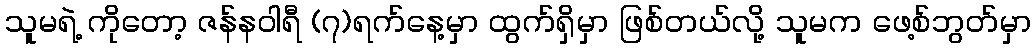
သူမရဲ့ ကိုတော့ ဇန်နဝါရီ (၇)ရက်နေ့မှာ ထွက်ရှိမှာ ဖြစ်တယ်လို့ သူမက ဖေ့စ်ဘွတ်မှာ